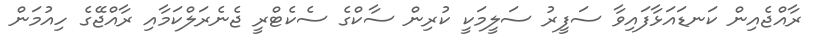
ރާއްޖެއިން ކަނޑައަޅާފައިވާ ސަފީރު ސަލީމަކީ ކުރިން ސާކްގެ ސެކެޓްރީ ޖެނެރަލްކަމާއި ރާއްޖޭގެ ހިއުމަން